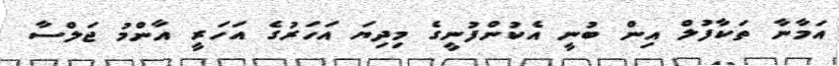
އަމާނާ ތަކާފުލް އިން ބުނީ އެކުންފުނީގެ މިދިޔަ އަހަރުގެ އަހަރީ އާންމު ޖަލްސާ